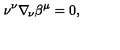
\nu ^ { \nu } \nabla _ { \! \nu } \beta ^ { \mu } = 0 ,